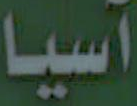
آسيا